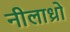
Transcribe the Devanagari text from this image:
नीलाध्रो